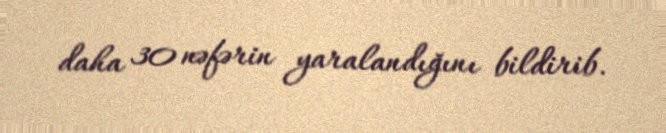
daha 30 nəfərin yaralandığını bildirib.